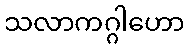
သလာကဂ္ဂါဟော